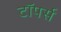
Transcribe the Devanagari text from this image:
टॉपर्स